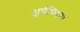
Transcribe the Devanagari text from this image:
अर्र्यथ्मिया